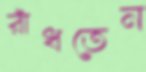
রাঁধতেন